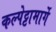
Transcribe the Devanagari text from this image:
कल्पेट्टामार्गे